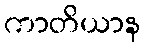
ကာတိယာန